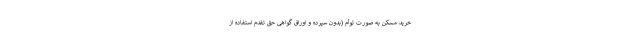
خرید مسکن به صورت توأم (بدون سپرده و اوراق گواهی حق تقدم استفاده از